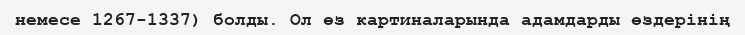
немесе 1267-1337) болды. Ол өз картиналарында адамдарды өздерінің